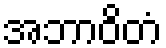
အဘာဝိတံ